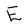
Character: E